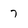
Character: 7